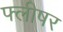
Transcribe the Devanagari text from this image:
फ्लीषर